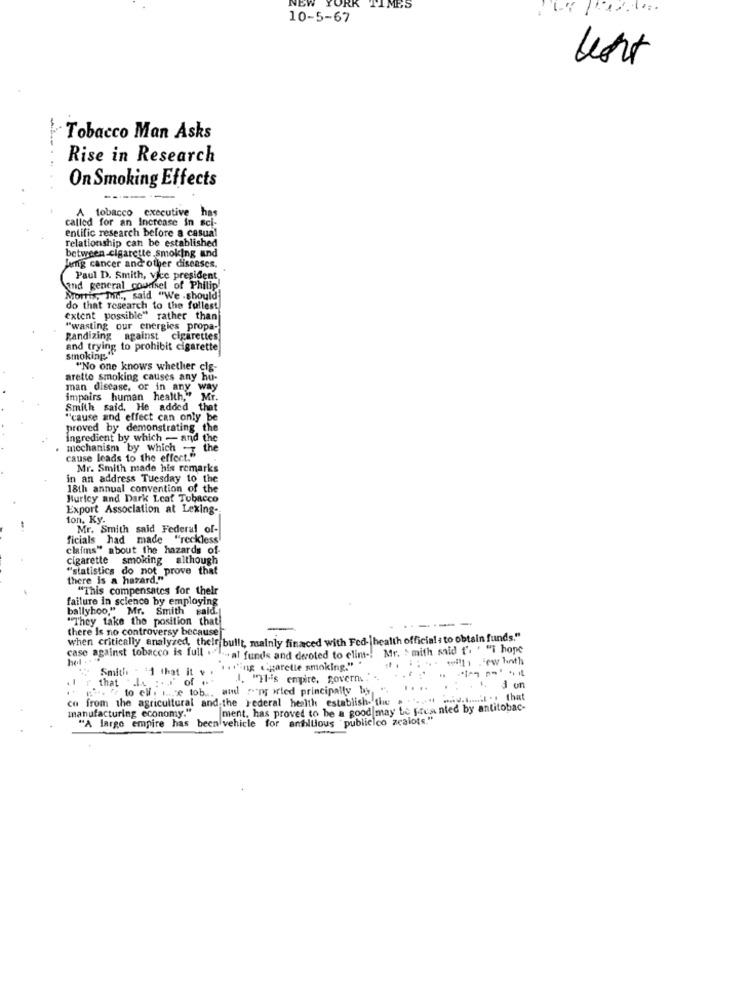
NEW
TIMES
10-5-67
lost
Tobacco Man Asks
Rise in Research
On Smoking Effects
tobacco executive has
called for an Increase in sci-
entific research before a casual
relationship can be established
between.cigarette smoking and
Jeg cancer and other diseases.
Paul D. Smith, vice president
and general counsel of Philip.
Morris, Inc ., said "We -should
do that research to the fullest
extent possible" rather than
"wasting our energies propa-
pandizing against cigarettes
and trying to prohibit cigarette
smoking
"No one knows whether clg-
arette smoking causes any hu-
man disease, or in any way
impairs human health," Mr.
Smith said, He added that
"cause and effect can only be
proved by demonstrating the
ingredient by which - and the
mechanism by which
the
cause leads to the effect."
Mr. Smith made his remarks
in an address Tuesday to the
18th annual convention of the
Hurley and Dark Leaf Tobacco
Export Association at Lexing-
fon, Ky.
Mr. Smith said Federal of-
ficials had made "reckless
claims" about the hazards of-
cigarette
smoking although
"statistics do not prove that
there is a hazard."
"This compensates for their
failure in science by employing
ballyhoo."
Mr. Smith Fald.
Fald
"They take the position that
there Is no controversy because
when critically analyzed, their bullt, mainly finaced with Fed-|health officials to obtain funds."
case against tobacco is full . I .,
- al funds and devoted to elim -. Mr. Smith said t'. ' "i hope
wi ew hinth
Smith
11 that it v
"i.iing (garette smoking."
that
:. of
1. "1.'s empire, govern. . "
- -
... " to ell. i ... je tob ., and rang wled principally by ".
....
. t. J on
co from the agricultural and the Federal health establish- the . . ..... .... ...... . . that
manufacturing economy."
ment, has proved to be a good may be presented by antitobac-
"A largo empire has been vehicle for antillous "publicico zealots."